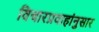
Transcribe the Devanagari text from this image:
विचारप्रवाहांनुसार